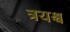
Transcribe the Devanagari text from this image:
त्रयश्च